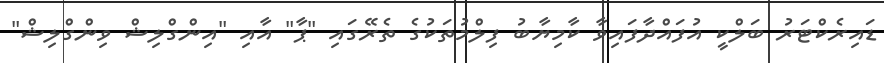
ޑައިރެކްޓަރު ބަލްކީ އުފައްދާފައިވާ ކާމިޔާބު ފިލްމުތަކުގެ ތެރޭގައި "ޕާ" އާއި "އިންގްލިޝް ވިންގްލިޝް"